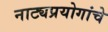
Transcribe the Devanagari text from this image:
नाट्यप्रयोगांचे